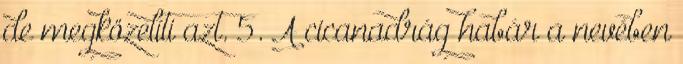
de megközelíti azt. 5. A cicanadrág habár a nevében